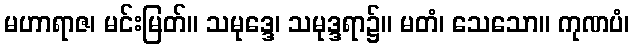
မဟာရာဇ၊ မင်းမြတ်။ သမုဒ္ဒေ၊ သမုဒ္ဒရာ၌။ မတံ၊ သေသော။ ကုဏပံ၊